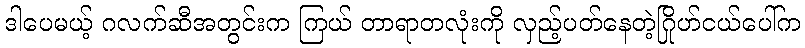
ဒါပေမယ့် ဂလက်ဆီအတွင်းက ကြယ် တာရာတလုံးကို လှည့်ပတ်နေတဲ့ဂြိုဟ်ငယ်ပေါ်က